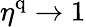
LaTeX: \eta^{\mathrm{q}}\to 1